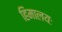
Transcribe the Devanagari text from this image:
हिमालयः